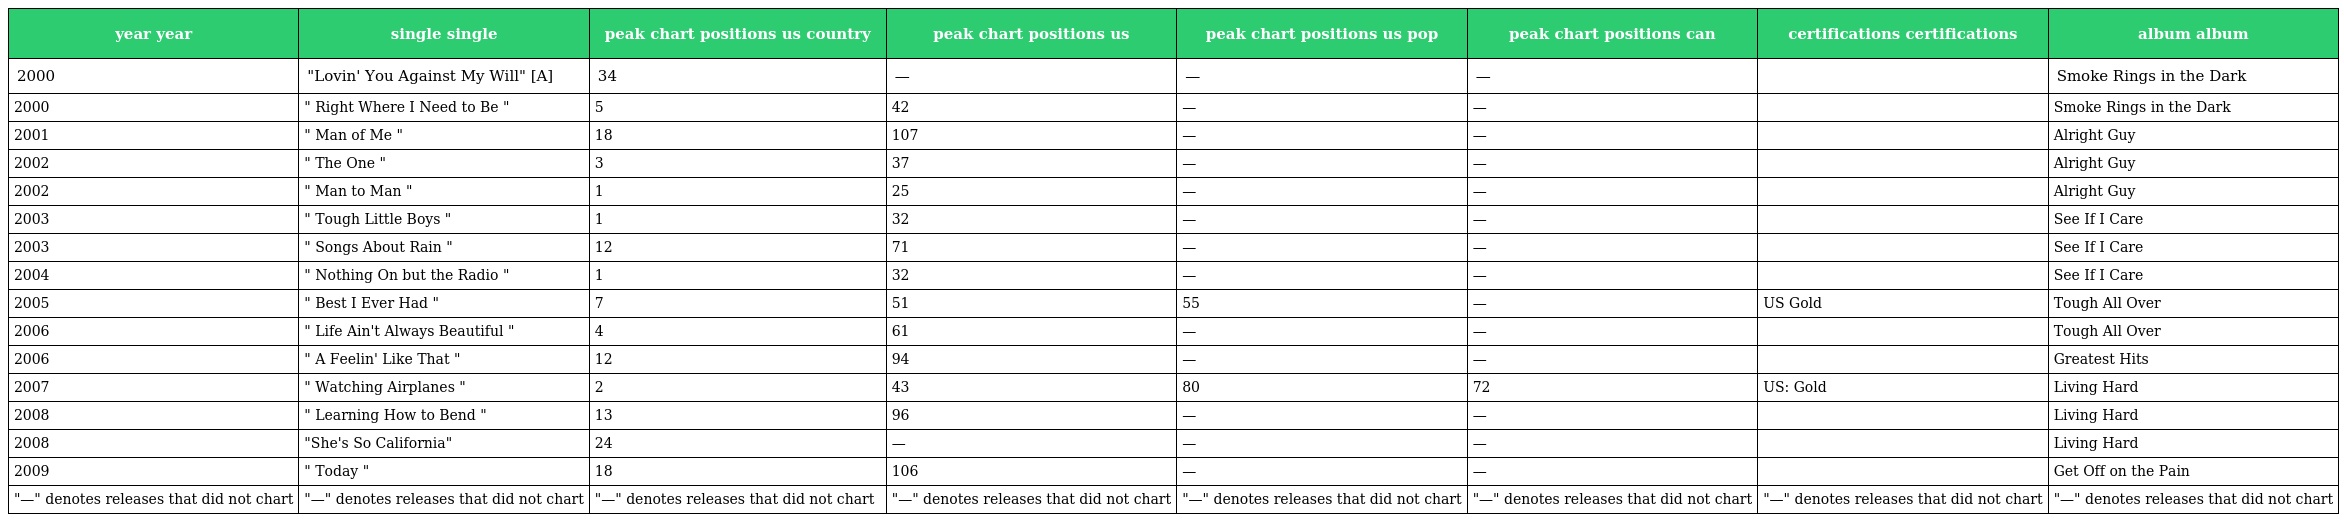
| year year | single single | peak chart positions us country | peak chart positions us | peak chart positions us pop | peak chart positions can | certifications certifications | album album |
 | --- | --- | --- | --- | --- | --- | --- | --- |
 | 2000 | "Lovin' You Against My Will" [A] | 34 | — | — | — |  | Smoke Rings in the Dark |
 | 2000 | " Right Where I Need to Be " | 5 | 42 | — | — |  | Smoke Rings in the Dark |
 | 2001 | " Man of Me " | 18 | 107 | — | — |  | Alright Guy |
 | 2002 | " The One " | 3 | 37 | — | — |  | Alright Guy |
 | 2002 | " Man to Man " | 1 | 25 | — | — |  | Alright Guy |
 | 2003 | " Tough Little Boys " | 1 | 32 | — | — |  | See If I Care |
 | 2003 | " Songs About Rain " | 12 | 71 | — | — |  | See If I Care |
 | 2004 | " Nothing On but the Radio " | 1 | 32 | — | — |  | See If I Care |
 | 2005 | " Best I Ever Had " | 7 | 51 | 55 | — | US Gold | Tough All Over |
 | 2006 | " Life Ain't Always Beautiful " | 4 | 61 | — | — |  | Tough All Over |
 | 2006 | " A Feelin' Like That " | 12 | 94 | — | — |  | Greatest Hits |
 | 2007 | " Watching Airplanes " | 2 | 43 | 80 | 72 | US: Gold | Living Hard |
 | 2008 | " Learning How to Bend " | 13 | 96 | — | — |  | Living Hard |
 | 2008 | "She's So California" | 24 | — | — | — |  | Living Hard |
 | 2009 | " Today " | 18 | 106 | — | — |  | Get Off on the Pain |
 | "—" denotes releases that did not chart | "—" denotes releases that did not chart | "—" denotes releases that did not chart | "—" denotes releases that did not chart | "—" denotes releases that did not chart | "—" denotes releases that did not chart | "—" denotes releases that did not chart | "—" denotes releases that did not chart |